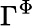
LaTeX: \Gamma^{\Phi}